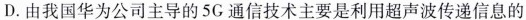
D.由我国华为公司主导的5G通信技术主要是利用超声波传递信息的